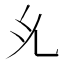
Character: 𭀗